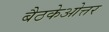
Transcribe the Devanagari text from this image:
बैठकेओत्तर